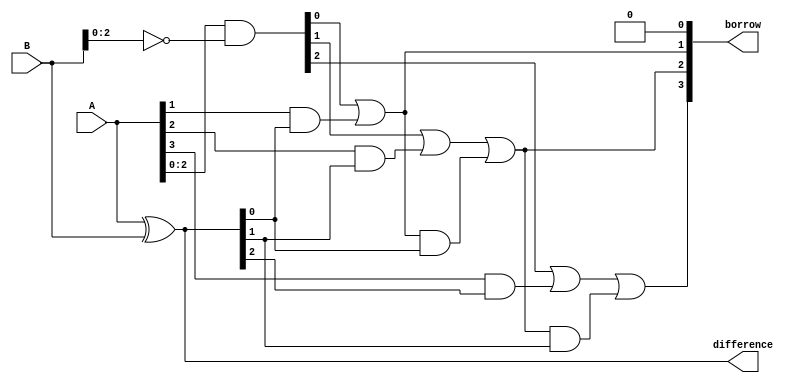
module Subtractor(input [3:0] A, B, 
                    output [3:0] difference, borrow);

    wire [3:0] xor_output;
    wire [3:0] and_output;
    
    assign xor_output = A ^ B;
    assign and_output = A & ~B;
    
    assign difference = xor_output;
    
    assign borrow[0] = 1'b0; // no borrow for the least significant bit
    
    assign borrow[1] = and_output[0] | (A[1] & xor_output[0]);
    assign borrow[2] = and_output[1] | (A[2] & xor_output[1]) | (borrow[1] & xor_output[0]);
    assign borrow[3] = and_output[2] | (A[3] & xor_output[2]) | (borrow[2] & xor_output[1]);
    
endmodule